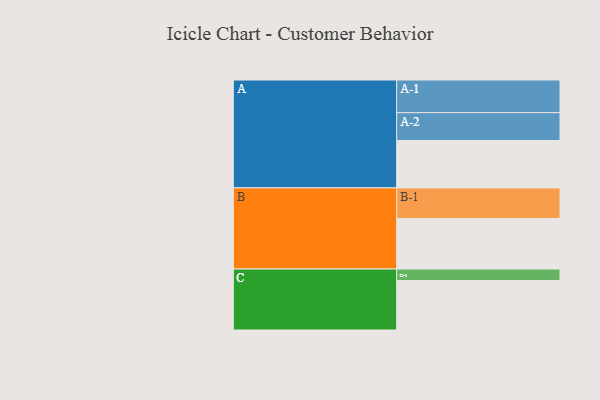
{"axis": {"x": "Segment", "y": "Value"}, "legend": ["", "A", "B", "C"], "data": [{"x": "A", "y": 348, "type": ""}, {"x": "B", "y": 371, "type": ""}, {"x": "C", "y": 363, "type": ""}, {"x": "A-1", "y": 240, "type": "A"}, {"x": "A-2", "y": 205, "type": "A"}, {"x": "B-1", "y": 225, "type": "B"}, {"x": "C-1", "y": 85, "type": "C"}]}